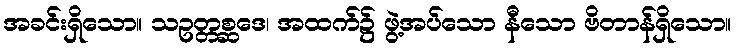
အခင်းရှိသော။ သဥတ္တစ္ဆဒေ၊ အထက်၌ ဖွဲ့အပ်သော နီသော ဗိတာန်ရှိသော။